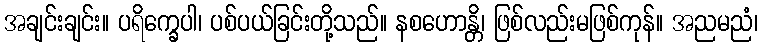
အချင်းချင်း။ ပရိက္ခေပါ၊ ပစ်ပယ်ခြင်းတို့သည်။ နစဟောန္တိ၊ ဖြစ်လည်းမဖြစ်ကုန်။ အညမညံ၊